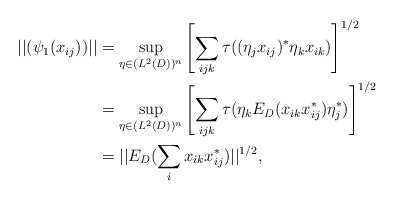
\begin{align*}||(\psi_1(x_{ij}))||&=\sup_{\eta\in (L^2(D))^n}\left[\sum_{ijk}\tau((\eta_jx_{ij})^*\eta_kx_{ik})\right]^{1/2}\\&=\sup_{\eta\in (L^2(D))^n}\left[\sum_{ijk}\tau(\eta_kE_D(x_{ik}x_{ij}^*)\eta_j^*)\right]^{1/2}\\&=||E_D(\sum_i x_{ik}x_{ij}^*)||^{1/2},\end{align*}